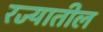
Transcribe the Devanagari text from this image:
रज्यातील